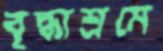
বৃদ্ধাশ্রমে